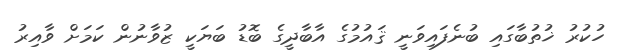
ހުކުރު ޚުތުބާގައި ބުނެފައިވަނީ ޤައުމުގެ އާބާދީގެ ބޮޑު ބަޔަކީ ޒުވާނުން ކަމަށް ވާއިރު